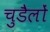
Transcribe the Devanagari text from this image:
चुडैलों